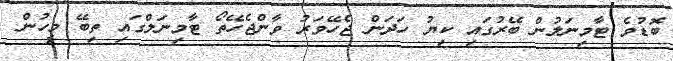
ބޮޑުވެ ޓާމިނަލުން ބޭރުގައި ކިޔު ހަދަން ޖެހޭވަރު ވާންޖެހޭތޯ ޓާމިނަލްގައި ތިބޭ މީހުން